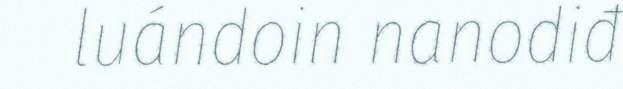
luándoin nanodiđ